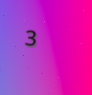
3